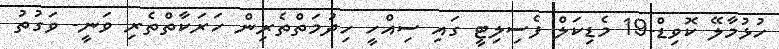
ހުޅުމާލޭ ކޮވިޑް-19 މެޑިކަލް ފެސިލިޓީ ގައި ސިއްހީ ހިދުމަތްތެރިން ހަރަކާތްތެރި ވަނީ- ވަގުތު